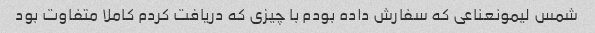
شمس لیمونعناعی که سفارش داده بودم با چیزی که دریافت کردم کاملا متفاوت بود